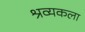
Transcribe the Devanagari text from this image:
श्रव्यकला